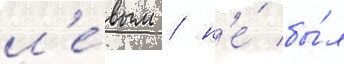
л'е́вым / н'е́ бы́л